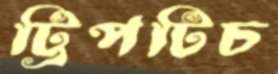
ট্রিপটিচ